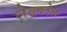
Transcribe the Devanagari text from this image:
लेइकोल